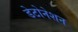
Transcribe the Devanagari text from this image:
डेटोनेशन